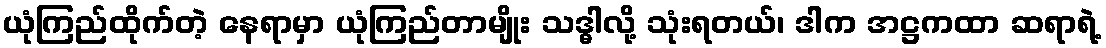
ယုံကြည်ထိုက်တဲ့ နေရာမှာ ယုံကြည်တာမျိုး သဒ္ဓါလို့ သုံးရတယ်၊ ဒါက အဋ္ဌကထာ ဆရာရဲ့